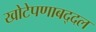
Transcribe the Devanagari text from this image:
खोटेपणाबद्दल